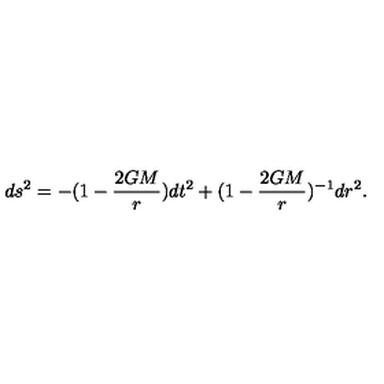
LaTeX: d s ^ { 2 } = - ( 1 - \frac { 2 G M } { r } ) d t ^ { 2 } + ( 1 - \frac { 2 G M } { r } ) ^ { - 1 } d r ^ { 2 } .